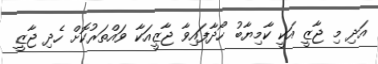
އަދި މި ޖާޒީ އަކީ ކާމިޔާބު ހޯދާފައިވާ ޖާޒީއަކާ ވައްތަރުކޮށް ހެދި ޖާޒީ